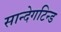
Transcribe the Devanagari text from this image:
सान्देगटिन्ड